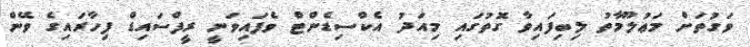
ވަގުތަށް މަޢުލޫމާތު ލިބިފައިވާ ގޮތުގައި މިއަދު އެކްސިޑެންޓް ވެފައިވަނީ ރީފްސައިޑް ފިހާރައިގެ ވޭން